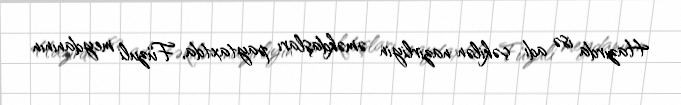
Hazırda isə adı çəkilən nazirliyin əməkdaşları paytaxtda, Füzuli meydanının